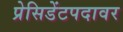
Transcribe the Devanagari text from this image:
प्रेसिडेंटपदावर